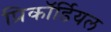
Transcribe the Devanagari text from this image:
प्रिकॉर्डियल